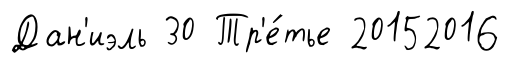
Дан'иэль 30 Тр'е́тье 20152016